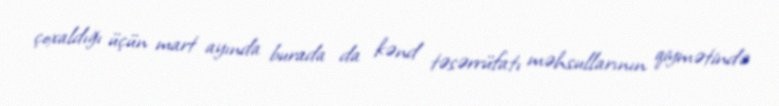
çoxaldığı üçün mart ayında burada da kənd təsərrüfatı məhsullarının qiymətində